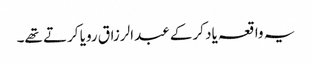
یہ واقعہ یاد کرکے عبدالرزاق رویا کرتے تھے۔